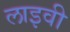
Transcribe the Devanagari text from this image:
लाइवी